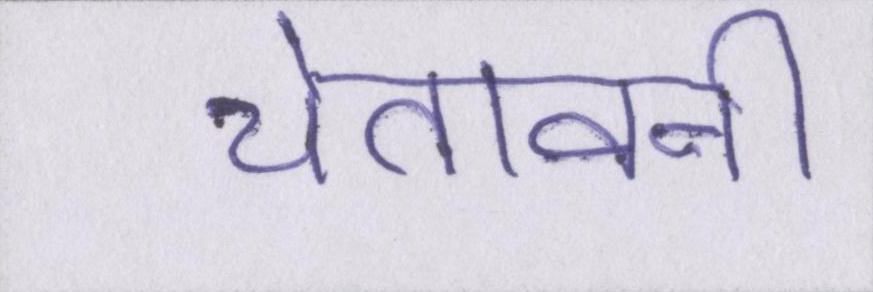
चेतावनी